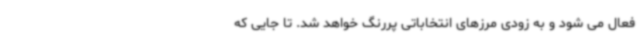
فعال می شود و به زودی مرزهای انتخاباتی پررنگ خواهد شد. تا جایی که